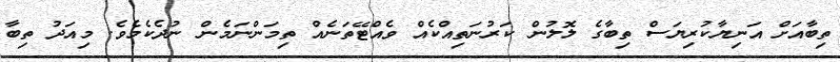
ތިބާއަށް އަނިޔާކުރިޔަސް ތިބާގެ ލޮލުން ކަރުނަތިއްކެއް ވެއްޓޭތަނެއް ތިމަންނަމެން ނުދެކެމެވެ. މިއަދު ތިބާ